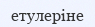
етулеріне